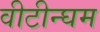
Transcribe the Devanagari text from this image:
वीटीन्घम